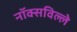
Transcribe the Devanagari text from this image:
नॉक्सविल्ले